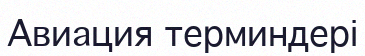
Авиация терминдері